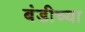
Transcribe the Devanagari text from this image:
बंडीच्या